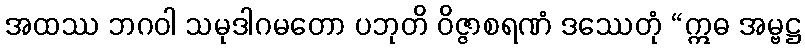
အထဿ ဘဂဝါ သမုဒါဂမတော ပဘုတိ ဝိဇ္ဇာစရဏံ ဒဿေတုံ “ဣဓ အမ္ဗဋ္ဌ